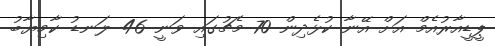
ޕީޑީއާރުއެމް އަށް އޭނާ ކުޅެދިން 70 މެޗުގައި ވަނީ 46 ލަނޑު ކާމިޔާބު